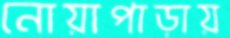
নোয়াপাড়ায়